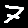
Digit: 7